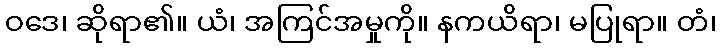
ဝဒေ၊ ဆိုရာ၏။ ယံ၊ အကြင်အမှုကို။ နကယိရာ၊ မပြုရာ။ တံ၊